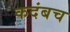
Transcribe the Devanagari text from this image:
कदंबच